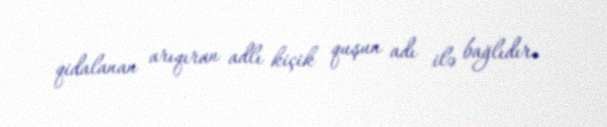
qidalanan arıqıran adlı kiçik quşun adı ilə bağlıdır.